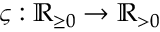
\varsigma : \mathbb { R } _ { \geq 0 } \rightarrow \mathbb { R } _ { > 0 }